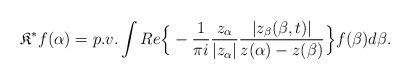
LaTeX: \begin{align*}\mathfrak{K}^{\ast} f(\alpha)=p.v. \int Re\Big\{-\frac{1}{\pi i}\frac{z_{\alpha}}{|z_{\alpha}|}\frac{|z_{\beta}(\beta,t)|}{z(\alpha)-z(\beta)} \Big\}f(\beta)d\beta.\end{align*}